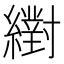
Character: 𦆹